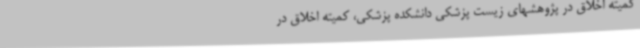
کمیته اخلاق در پژوهشهای زیست پزشکی دانشکده پزشکی، کمیته اخلاق در